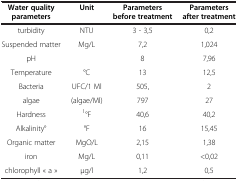
<table><thead><tr><td><b>Water quality parameters</b></td><td><b>Unit</b></td><td><b>Parameters before treatment</b></td><td><b>Parameters after treatment</b></td></tr></thead><tbody><tr><td>turbidity</td><td>NTU</td><td>3 - 3,5</td><td>0,2</td></tr><tr><td>Suspended matter</td><td>Mg/L</td><td>7,2</td><td>1,024</td></tr><tr><td>pH</td><td> </td><td>8</td><td>7,96</td></tr><tr><td>Temperature</td><td>°C</td><td>13</td><td>12,5</td></tr><tr><td>Bacteria</td><td>UFC/1 Ml</td><td>505,</td><td>2</td></tr><tr><td>algae</td><td>(algae/Ml)</td><td>797</td><td>27</td></tr><tr><td>Hardness</td><td><sup>1</sup>°F</td><td>40,6</td><td>40,2</td></tr><tr><td>Alkalinity°</td><td>°F</td><td>16</td><td>15,45</td></tr><tr><td>Organic matter</td><td>MgO/L</td><td>2,15</td><td>1,38</td></tr><tr><td>iron</td><td>Mg/L</td><td>0,11</td><td>&lt;0,02</td></tr><tr><td>chlorophyll « a »</td><td>μg/l</td><td>1,2</td><td>0,5</td></tr></tbody></table>